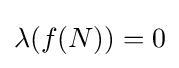
\lambda (f(N))=0